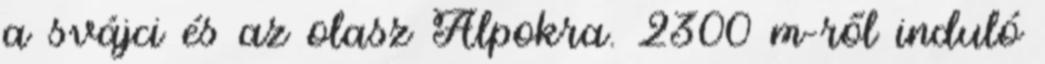
a svájci és az olasz Alpokra. 2300 m-ről induló